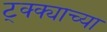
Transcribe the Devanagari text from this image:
ट्क्क्याच्या